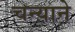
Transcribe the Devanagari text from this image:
चन्याने